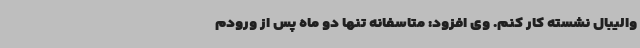
والیبال نشسته کار کنم. وی افزود: متاسفانه تنها دو ماه پس از ورودم